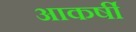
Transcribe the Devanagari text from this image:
आकर्षी